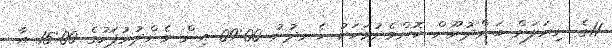
11ގެ ނިޔަލަށް ބަންދުނޫން ކޮންމެދުވަހަކު ހެނދުނު 09:00 އިން މެންދުރުފަހުގެ 15:00 އާ